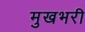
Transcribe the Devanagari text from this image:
मुखभरी